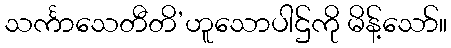
သင်္ကာသေတီတိ’ဟူသောပါဌ်ကို မိန့်သော်။